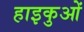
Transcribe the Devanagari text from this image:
हाइकुओं